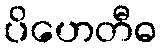
ပိဟေတီဓ